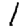
Digit: 1